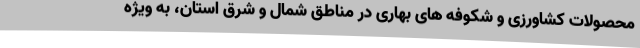
محصولات کشاورزی و شکوفه های بهاری در مناطق شمال و شرق استان، به ویژه